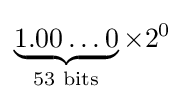
\underbrace {1.00\ldots 0} _{\text{53 bits}}\times 2^{0}